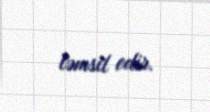
təmsil edir.